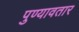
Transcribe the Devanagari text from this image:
पुण्यावतार